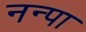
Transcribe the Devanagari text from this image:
नन्पा